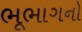
ભૂભાગનો